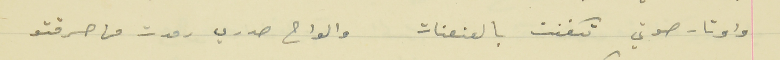
واوتار صوتي تكفنت بالعنعنات                    والواح صدري رمدت من حرقتو